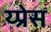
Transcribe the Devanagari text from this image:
य्प्रेस